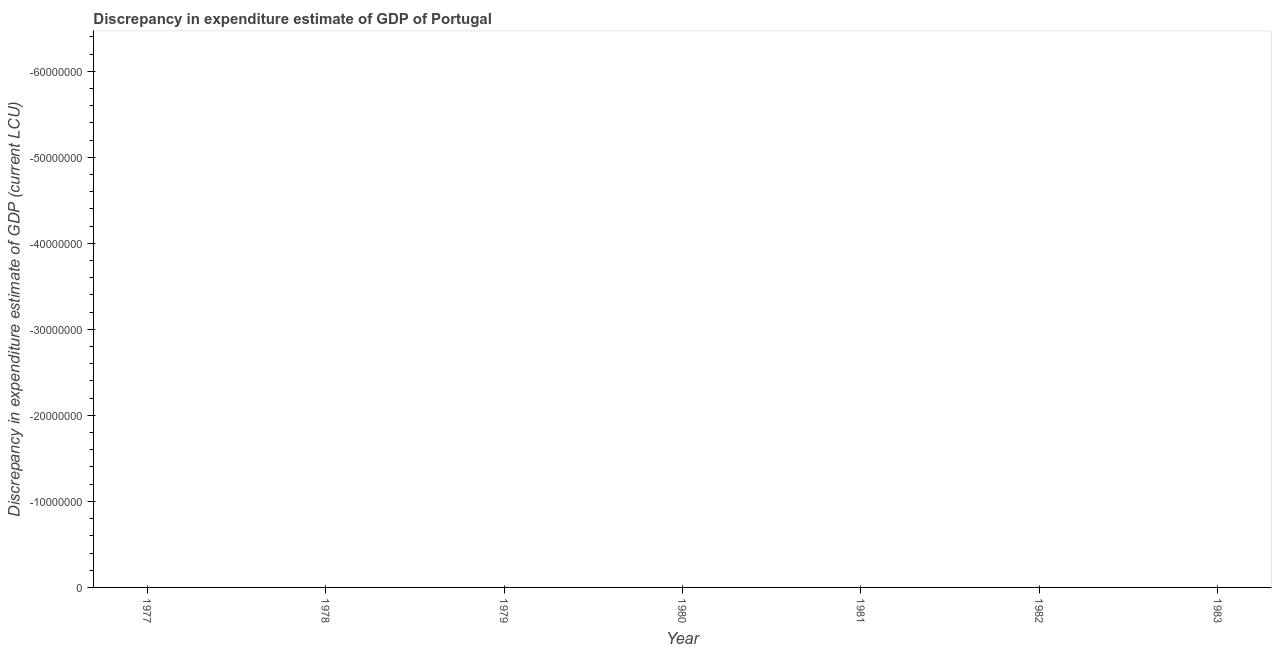
| Year | Discrepancy current LCU |
 | --- | --- |
 | 1977 | -7.99e+07 |
 | 1978 | -7.93e+07 |
 | 1979 | -8.11e+07 |
 | 1980 | -1.97e+08 |
 | 1981 | -3.22e+08 |
 | 1982 | -3.71e+08 |
 | 1983 | -2.55e+08 |